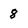
Character: 8